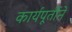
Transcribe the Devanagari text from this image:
कार्यपूर्तीने